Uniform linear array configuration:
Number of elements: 8
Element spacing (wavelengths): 0.5
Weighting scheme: uniform
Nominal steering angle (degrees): -15
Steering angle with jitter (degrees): -14.334
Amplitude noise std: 0.05
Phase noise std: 0.05

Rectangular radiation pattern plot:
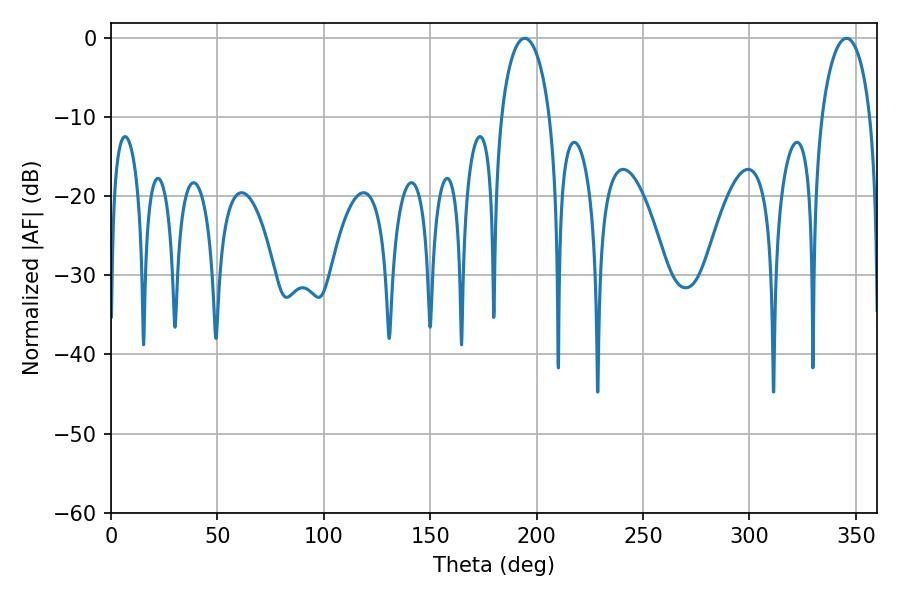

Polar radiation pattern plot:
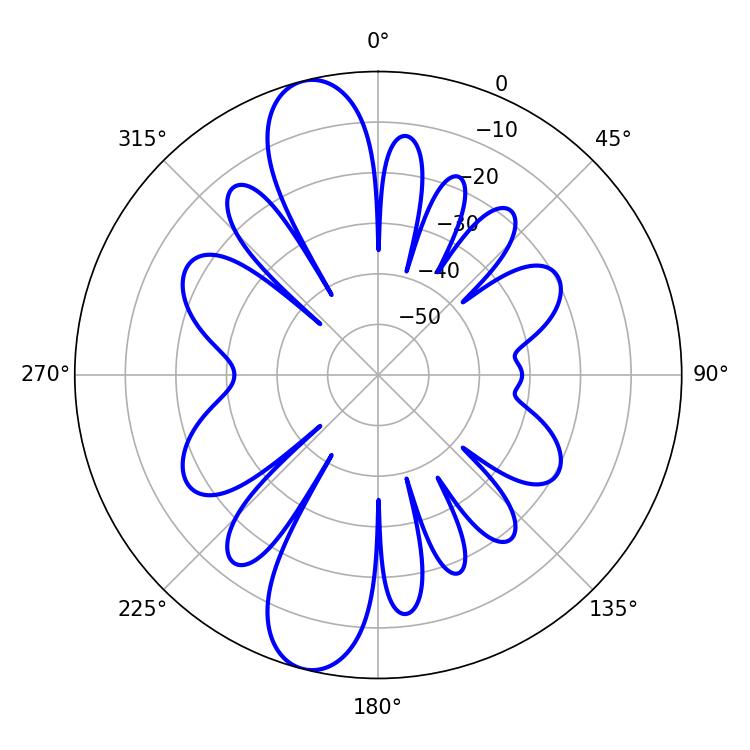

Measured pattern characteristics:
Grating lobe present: FALSE
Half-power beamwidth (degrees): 13.14
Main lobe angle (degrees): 194.4